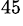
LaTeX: ^{45}